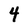
Character: 4